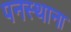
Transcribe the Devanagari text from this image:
पनस्थाना